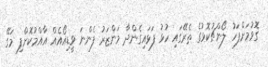
ގޮވުމަށްފަހު ލޯންޗުކޮޅުގެ ތެރޭގައި ހުޅު ފަޅައިގެންދާ މަންޒަރު ފެންނަ ވީޑިއޯއެއް އާއްމުކޮށްފި މަގޭ